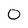
Character: 0